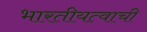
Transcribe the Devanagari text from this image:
भारतीयत्वाची